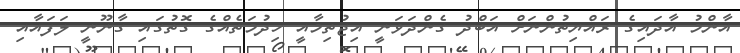
އާންމު އާދައިގެ ރައްޔިތުންނަށް އަބްދު ގެންދަވަނީ އިޖުތިމާއީ ހިދުމަތެއްގެ ގޮތުގައި ގާނޫނީ ލަފައާއި